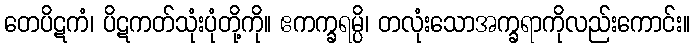
တေပိဋကံ၊ ပိဋကတ်သုံးပုံတို့ကို။ ဧကက္ခရမ္ပိ၊ တလုံးသောအက္ခရာကိုလည်းကောင်း။